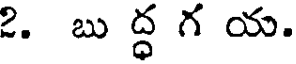
2. బు ద్ధ గ య.